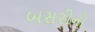
બસરીનો